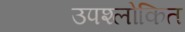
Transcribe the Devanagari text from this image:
उपश्लोकित